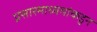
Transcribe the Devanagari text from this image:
प्रसारमाध्यमांकडुन